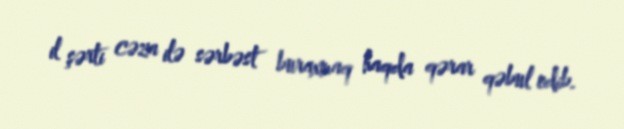
il şərti cəza ilə sərbəst buraxmaq haqda qərar qəbul edib.